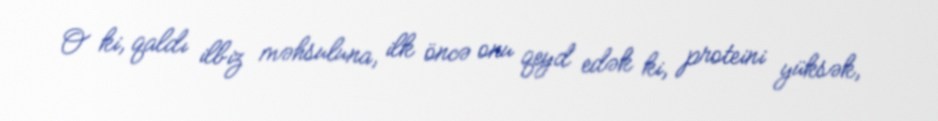
O ki, qaldı ilbiz məhsuluna, ilk öncə onu qeyd edək ki, proteini yüksək,